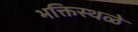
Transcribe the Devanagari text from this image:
भक्तिस्थळे